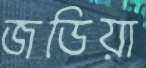
জডিয়া